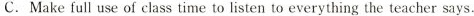
C.Make full use of class time to listen to everything the teacher says.